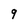
Character: 9